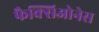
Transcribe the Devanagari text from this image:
फैक्सिओनेस